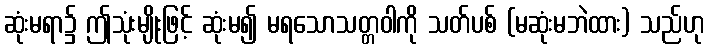
ဆုံးမရာ၌ ဤသုံးမျိုးဖြင့် ဆုံးမ၍ မရသောသတ္တဝါကို သတ်ပစ် (မဆုံးမဘဲထား) သည်ဟု